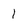
Character: 1